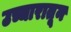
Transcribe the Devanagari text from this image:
उच्चारातून